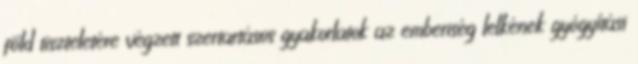
föld tiszteletére végzett szertartásos gyakorlatok az emberiség lelkének gyógyítási